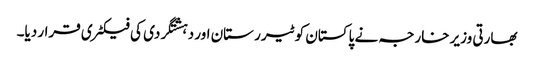
بھارتی وزیر خارجہ نے پاکستان کو ٹیرر ستان اور دہشتگردی کی فیکٹری قرار دیا۔